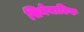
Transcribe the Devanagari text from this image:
सिनेमाटिक